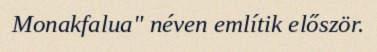
Monakfalua" néven említik először.